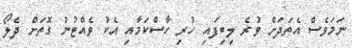
ނަމަވެސް އެތަދަށް ވުރެ ލިބިފައި ހުރި ހާސްކަމާއި އެކު ވެއްޓުނު ގޮތަށް ދެލޯ